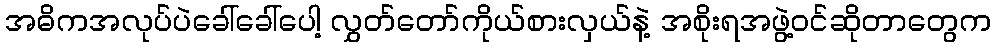
အဓိကအလုပ်ပဲခေါ်ခေါ်ပေါ့ လွှတ်တော်ကိုယ်စားလှယ်နဲ့ အစိုးရအဖွဲ့ဝင်ဆိုတာတွေက